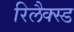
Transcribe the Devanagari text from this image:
रिलैक्स्ड